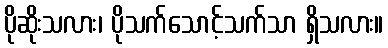
ပိုဆိုးသလား၊ ပိုသက်သောင့်သက်သာ ရှိသလား။